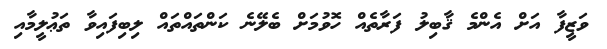
ވަޒީފާ އަށް އެންމެ ޤާބިލު ފަރާތެއް ހޮވުމަށް ބެލޭނެ ކަންތައްތައް ލިބިފައިވާ ތަޢުލީމާއި